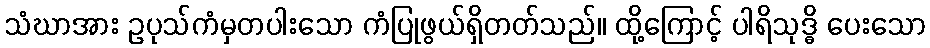
သံဃာအား ဥပုသ်ကံမှတပါးသော ကံပြုဖွယ်ရှိတတ်သည်။ ထို့ကြောင့် ပါရိသုဒ္ဓိ ပေးသော